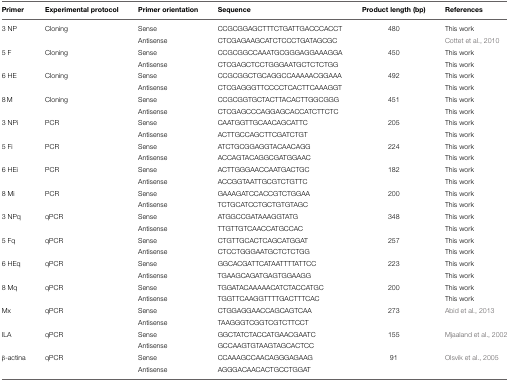
<table><thead><tr><td><b>Primer</b></td><td><b>Experimental protocol</b></td><td><b>Primer orientation</b></td><td><b>Sequence</b></td><td><b>Product length (bp)</b></td><td><b>References</b></td></tr></thead><tbody><tr><td>3 NP</td><td>Cloning</td><td>Sense</td><td>CCGCGGAGCTTTCTGATTGACCCACCT</td><td>480</td><td>This work</td></tr><tr><td></td><td></td><td>Antisense</td><td>CTCGAGAAGCATCTCCCTGATAGCGC</td><td></td><td>Cottet et al., 2010</td></tr><tr><td>5 F</td><td>Cloning</td><td>Sense</td><td>CCGCGGCCAAATGCGGGAGGAAAGGA</td><td>450</td><td>This work</td></tr><tr><td></td><td></td><td>Antisense</td><td>CTCGAGCTCCTGGGAATGCTCTCTGG</td><td></td><td>This work</td></tr><tr><td>6 HE</td><td>Cloning</td><td>Sense</td><td>CCGCGGCTGCAGGCCAAAAACGGAAA</td><td>492</td><td>This work</td></tr><tr><td></td><td></td><td>Antisense</td><td>CTCGAGGGTTCCCCTCACTTCAAAGGT</td><td></td><td>This work</td></tr><tr><td>8 M</td><td>Cloning</td><td>Sense</td><td>CCGCGGTGCTACTTACACTTGGCGGG</td><td>451</td><td>This work</td></tr><tr><td></td><td></td><td>Antisense</td><td>CTCGAGCCCAGGAGCACCATCTTCTC</td><td></td><td>This work</td></tr><tr><td>3 NPi</td><td>PCR</td><td>Sense</td><td>CAATGGTTGCAACAGCATTC</td><td>205</td><td>This work</td></tr><tr><td></td><td></td><td>Antisense</td><td>ACTTGCCAGCTTCGATCTGT</td><td></td><td>This work</td></tr><tr><td>5 Fi</td><td>PCR</td><td>Sense</td><td>ATCTGCGGAGGTACAACAGG</td><td>224</td><td>This work</td></tr><tr><td></td><td></td><td>Antisense</td><td>ACCAGTACAGGCGATGGAAC</td><td></td><td>This work</td></tr><tr><td>6 HEi</td><td>PCR</td><td>Sense</td><td>ACTTGGGAACCAATGACTGC</td><td>182</td><td>This work</td></tr><tr><td></td><td></td><td>Antisense</td><td>ACCGGTAATTGCGTCTGTTC</td><td></td><td>This work</td></tr><tr><td>8 Mi</td><td>PCR</td><td>Sense</td><td>GAAAGATCCACCGTCTGGAA</td><td>200</td><td>This work</td></tr><tr><td></td><td></td><td>Antisense</td><td>TCTGCATCCTGCTGTGTAGC</td><td></td><td>This work</td></tr><tr><td>3 NPq</td><td>qPCR</td><td>Sense</td><td>ATGGCCGATAAAGGTATG</td><td>348</td><td>This work</td></tr><tr><td></td><td></td><td>Antisense</td><td>TTGTTGTCAACCATGCCAC</td><td></td><td>This work</td></tr><tr><td>5 Fq</td><td>qPCR</td><td>Sense</td><td>CTGTTGCACTCAGCATGGAT</td><td>257</td><td>This work</td></tr><tr><td></td><td></td><td>Antisense</td><td>CTCCTGGGAATGCTCTCTGG</td><td></td><td>This work</td></tr><tr><td>6 HEq</td><td>qPCR</td><td>Sense</td><td>GGCACGATTCATAATTTTATTCC</td><td>223</td><td>This work</td></tr><tr><td></td><td></td><td>Antisense</td><td>TGAAGCAGATGAGTGGAAGG</td><td></td><td>This work</td></tr><tr><td>8 Mq</td><td>qPCR</td><td>Sense</td><td>TGGATACAAAAACATCTACCATGC</td><td>200</td><td>This work</td></tr><tr><td></td><td></td><td>Antisense</td><td>TGGTTCAAGGTTTTGACTTTCAC</td><td></td><td>This work</td></tr><tr><td>Mx</td><td>qPCR</td><td>Sense</td><td>CTGGAGGAACCAGCAGTCAA</td><td>273</td><td>Abid et al., 2013</td></tr><tr><td></td><td></td><td>Antisense</td><td>TAAGGGTCGGTCGTCTTCCT</td><td></td><td></td></tr><tr><td>ILA</td><td>qPCR</td><td>Sense</td><td>GGCTATCTACCATGAACGAATC</td><td>155</td><td>Mjaaland et al., 2002</td></tr><tr><td></td><td></td><td>Antisense</td><td>GCCAAGTGTAAGTAGCACTCC</td><td></td><td></td></tr><tr><td>β-actina</td><td>qPCR</td><td>Sense</td><td>CCAAAGCCAACAGGGAGAAG</td><td>91</td><td>Olsvik et al., 2005</td></tr><tr><td></td><td></td><td>Antisense</td><td>AGGGACAACACTGCCTGGAT</td><td></td><td></td></tr></tbody></table>